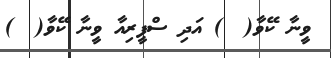
ވީނާ ކޭވާ(  ) އަދި ސްޕީރިއާ ވީނާ ކޭވާ(  )